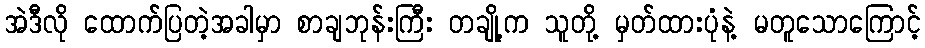
အဲဒီလို ထောက်ပြတဲ့အခါမှာ စာချဘုန်းကြီး တချို့က သူတို့ မှတ်ထားပုံနဲ့ မတူသောကြောင့်